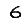
Digit: 6